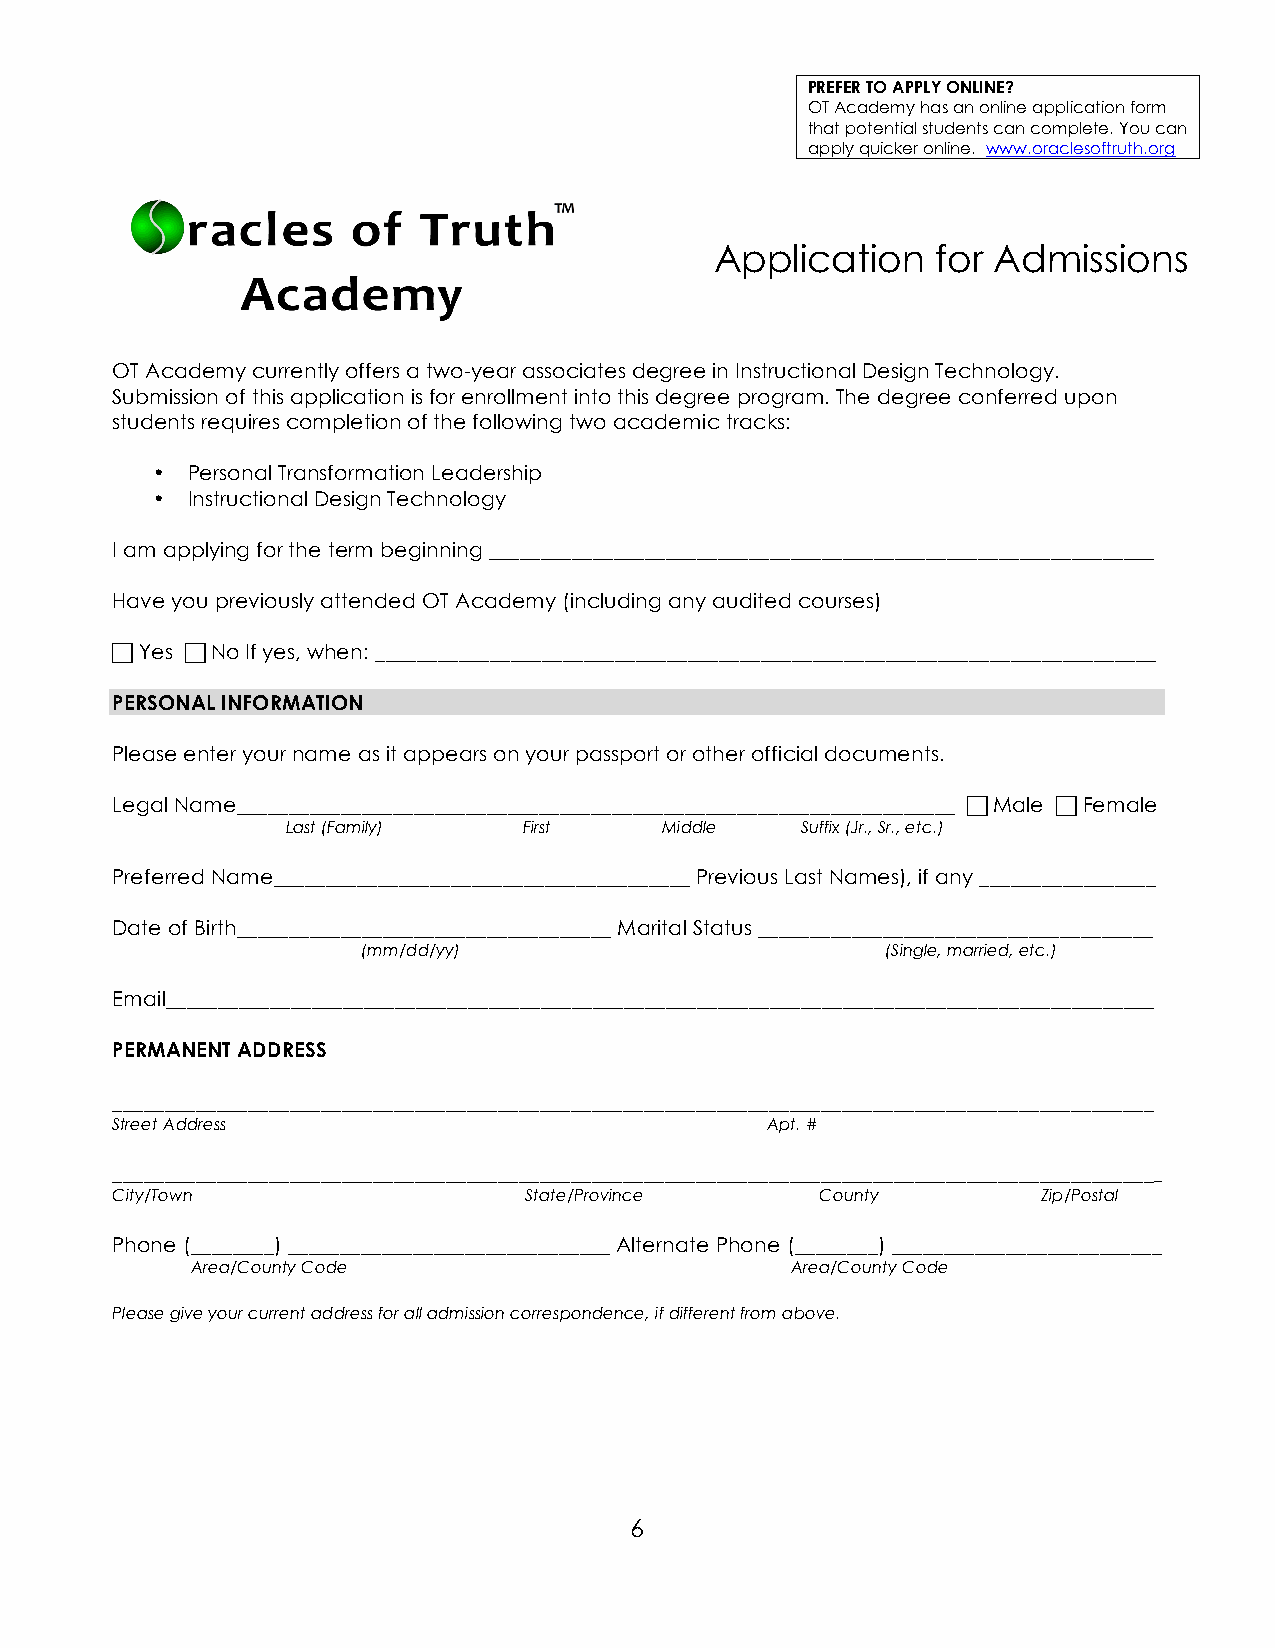
PREFER TO APPLY ONLINE?
 OT Academy has an online application form
 that potential students can complete. You can
 apply quicker online. www.oraclesoftruth.org
 Application    for Admissions
 OT Academy currently offers a two-year associates degree in Instructional Design Technology.
 Submission of this application is for enrollment into this degree program. The degree conferred upon
 students requires completion of the following two academic tracks:
 • Personal Transformation Leadership
 • Instructional Design Technology
 I am applying for the term beginning ________________________________________________________________
 Have you previously attended OT Academy (including any audited courses)
  Yes  No If yes, when: ___________________________________________________________________________
 PERSONAL INFORMATION
 Please enter your name as it appears on your passport or other official documents.
 Legal Name_____________________________________________________________________  Male  Female
 Last (Family)   First    Middle   Suffix (Jr., Sr., etc.)
 Preferred Name________________________________________ Previous Last Names), if any _________________
 Date of Birth____________________________________ Marital Status ______________________________________
 (mm/dd/yy)                         (Single, married, etc.)
 Email_______________________________________________________________________________________________
 PERMANENT ADDRESS
 ____________________________________________________________________________________________________
 Street Address                              Apt. #
 _____________________________________________________________________________________________________
 City/Town                   State/Province     County         Zip/Postal
 Phone (________) _______________________________ Alternate Phone (________) __________________________
 Area/County Code                       Area/County Code
 Please give your current address for all admission correspondence, if different from above.
 6